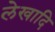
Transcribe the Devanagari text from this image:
लेखादि